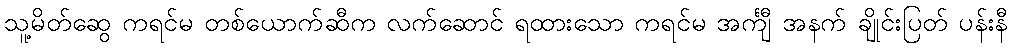
သူ့မိတ်ဆွေ ကရင်မ တစ်ယောက်ဆီက လက်ဆောင် ရထားသော ကရင်မ အင်္ကျီ အနက် ချိုင်းပြတ် ပန်းနီ